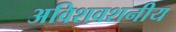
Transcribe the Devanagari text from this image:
अविशवशनीय